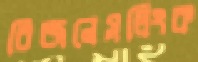
বিজনেসলিংক